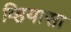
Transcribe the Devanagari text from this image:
व्हियासा